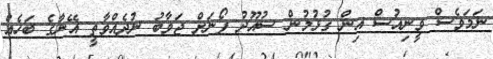
ނަމަވެސް ވީނިއުސް އިން ގުޅުމުން ސުއޫދު ފޯނަށް ޖަވާބު ނުދެއްވާތީ އޭނާގެ ބަހެއް